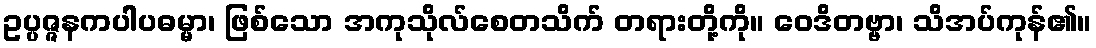
ဥပ္ပဇ္ဇနကပါပဓမ္မာ၊ ဖြစ်သော အကုသိုလ်စေတသိက် တရားတို့ကို။ ဝေဒိတဗ္ဗာ၊ သိအပ်ကုန်၏။